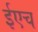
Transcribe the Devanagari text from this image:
ईएच